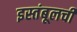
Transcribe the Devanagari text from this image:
इस्तंबूलची